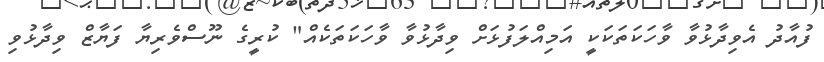
ފުއާދު އެވިދާޅުވާ ވާހަކަތަކަކީ އަމިއްލަފުޅަށް ވިދާޅުވާ ވާހަކަތަކެއް" ކުރީގެ ނޫސްވެރިޔާ ފަޔާޒް ވިދާޅުވި